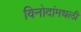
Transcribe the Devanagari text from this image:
विनोदांमधली